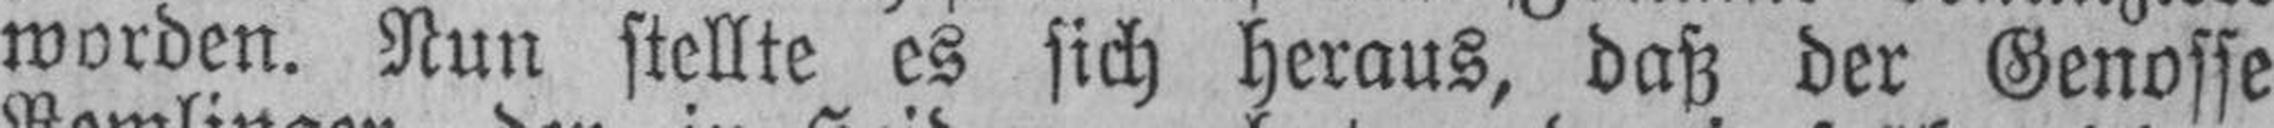
worden. Nun stellte es sich heraus, daß der Genosse